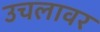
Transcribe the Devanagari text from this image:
उचलावर